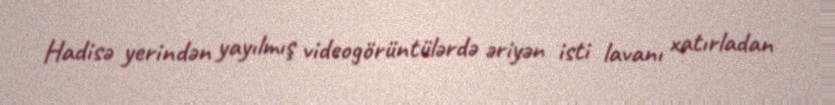
Hadisə yerindən yayılmış videogörüntülərdə əriyən isti lavanı xatırladan